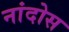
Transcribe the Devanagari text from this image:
नांदोस